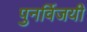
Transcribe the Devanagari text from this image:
पुनर्विजयी